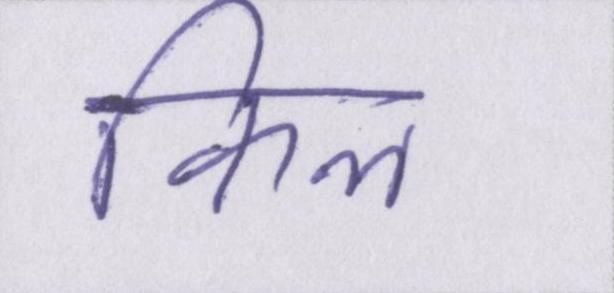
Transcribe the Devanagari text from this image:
किल